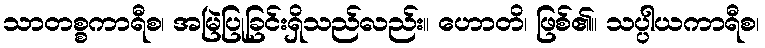
သာတစ္စကာရီစ၊ အမြဲပြုခြင်းရှိသည်လည်း။ ဟောတိ၊ ဖြစ်၏။ သပ္ပါယကာရီစ၊